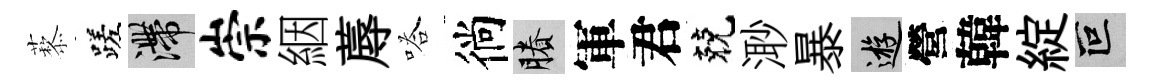
藜蹉滯崇絪蓐嗒徜賸軍君兢𣺌暴游營韓綻叵